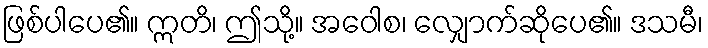
ဖြစ်ပါပေ၏။ ဣတိ၊ ဤသို့။ အဝေါစ၊ လျှောက်ဆိုပေ၏။ ဒသမီ၊